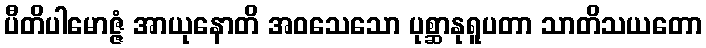
ပီတိပါမောဇ္ဇံ အာယုနောတိ အဝသေသော ပုစ္ဆာနုရူပတာ သာတိသယတော